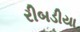
રીબડીયા